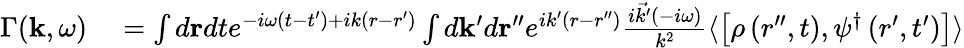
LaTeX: \begin{array}{rl}{\Gamma(\mathbf{k},\omega)}&{{}=\int d\mathbf{r}dte^{-i\omega\left(t-t^{\prime}\right)+ik\left(r-r^{\prime}\right)}\int d\mathbf{k}^{\prime}d\mathbf{r}^{\prime\prime}e^{ik^{\prime}\left(r-r^{\prime\prime}\right)}\frac{i\vec{k^{\prime}}(-i\omega)}{k^{2}}\langle\left[\rho\left(r^{\prime\prime},t\right),\psi^{\dagger}\left(r^{\prime},t^{\prime}\right)\right]\rangle}\end{array}